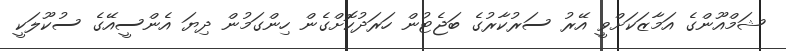
ޝަމްއޫންގެ އަމާޒަކަށްވީ އޭރު ސަރުކާރުގެ ބަޖެޓުން ހަރަދުކޮށްގެން ހިންގަމުން ދިޔަ އެންސީއޭގެ ސުކޫލަކީ